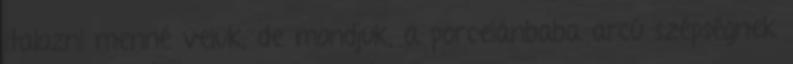
italozni menné velük, de mondjuk, a porcelánbaba arcú szépségnek